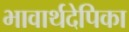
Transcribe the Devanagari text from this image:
भावार्थदेपिका